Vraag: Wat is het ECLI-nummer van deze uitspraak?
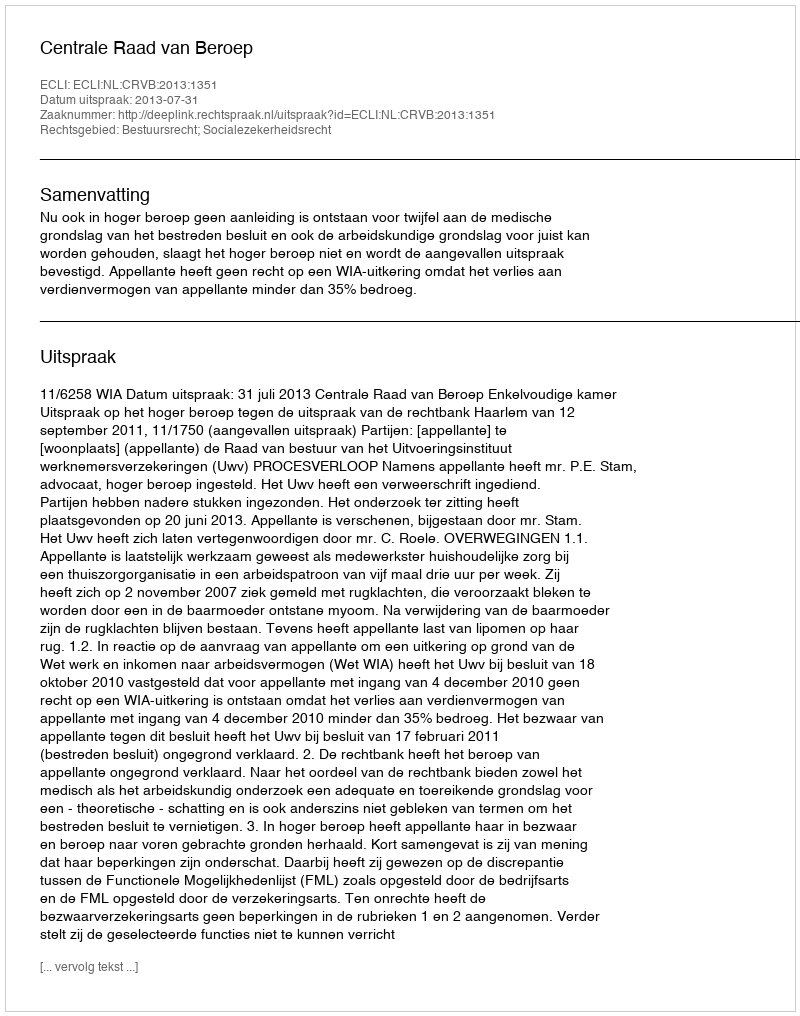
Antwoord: ECLI:NL:CRVB:2013:1351